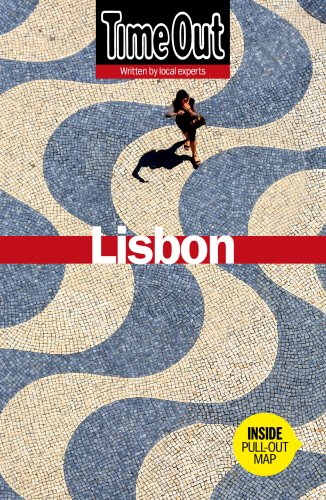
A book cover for Time Out Lisbon (Time Out Guides); Travel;